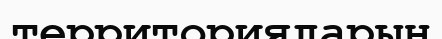
территорияларын